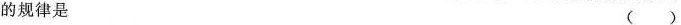
的规律是 ( )